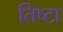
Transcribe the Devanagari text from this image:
तिष्टा